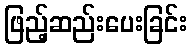
ဖြည့်ဆည်းပေးခြင်း